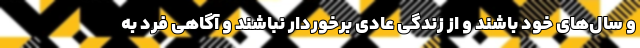
و سال‌های خود باشند و از زندگی عادی برخوردار نباشند و آگاهی فرد به